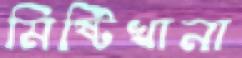
মিষ্টিখানা